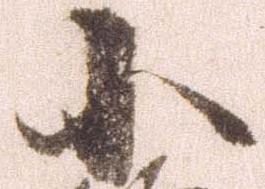
小